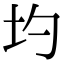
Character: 圴